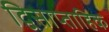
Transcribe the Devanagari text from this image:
द्विसाप्‍ताहिक